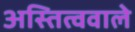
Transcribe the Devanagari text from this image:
अस्तित्ववाले